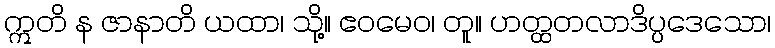
ဣတိ န ဇာနာတိ ယထာ၊ သို့။ ဧဝမေဝ၊ တူ။ ဟတ္ထတလာဒိပ္ပဒေသော၊